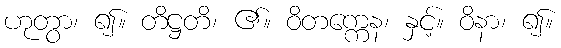
ဟုတွာ၊ ၍။ တိဋ္ဌတိ၊ ၏။ ဝိတက္ကေန၊ နှင့်။ ဝိနာ၊ ၍။